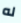
له